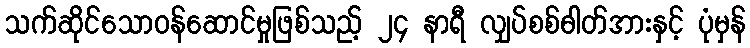
သက်ဆိုင်သောဝန်ဆောင်မှုဖြစ်သည့် ၂၄ နာရီ လျှပ်စစ်ဓါတ်အားနှင့် ပုံမှန်